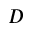
D